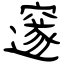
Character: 邃